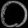
Digit: ၀